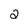
Character: 2